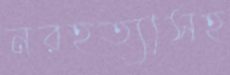
নরহত্যাসহ